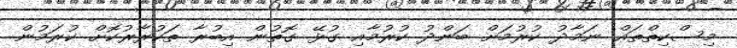
މިސްކިތްތައް ނަމާދު ކުރުމަށް ބަންދު ކުރުމާއި ގުޅޭ ގޮތުން އިބުރާ ތަކުރާރުކޮށް ކުރަމުން